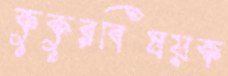
কুকুরবিষয়ক